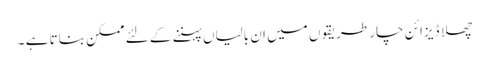
چھلا ڈیزائن چار طریقوں میں ان بالیاں پہننے کے لئے ممکن بناتا ہے ۔